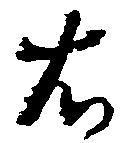
右